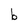
Character: b